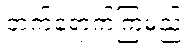
တက်ရောက်ကြမည့်